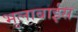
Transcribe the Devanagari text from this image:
भुलाबाईस